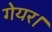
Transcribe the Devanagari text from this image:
गेयर।